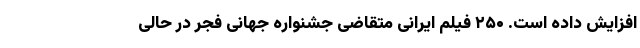
افزایش داده است. ۲۵۰ فیلم ایرانی متقاضی جشنواره جهانی فجر در حالی